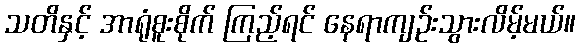
သတိနှင့် အာရုံစူးစိုက် ကြည့်ရင် နေရာကျဉ်းသွားလိမ့်မယ်။